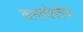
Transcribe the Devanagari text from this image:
कानाभोवतीचा